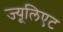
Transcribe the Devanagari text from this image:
ज्यूलिएट